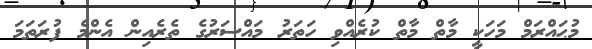
މުޙައްރަމް މަހަކީ މާތް މާތް ކުރެއްވި ހަތަރު މައްސަރުގެ ތެރެއިން އެންމެ ފުރަތަމަ